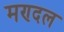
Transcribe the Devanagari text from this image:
मण्दल